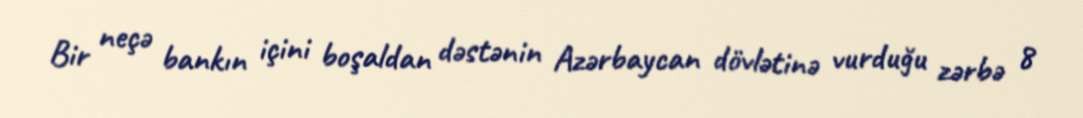
Bir neçə bankın içini boşaldan dəstənin Azərbaycan dövlətinə vurduğu zərbə 8